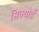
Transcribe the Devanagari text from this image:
सिक्योर्ड